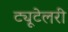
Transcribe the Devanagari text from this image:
ट्यूटेलरी